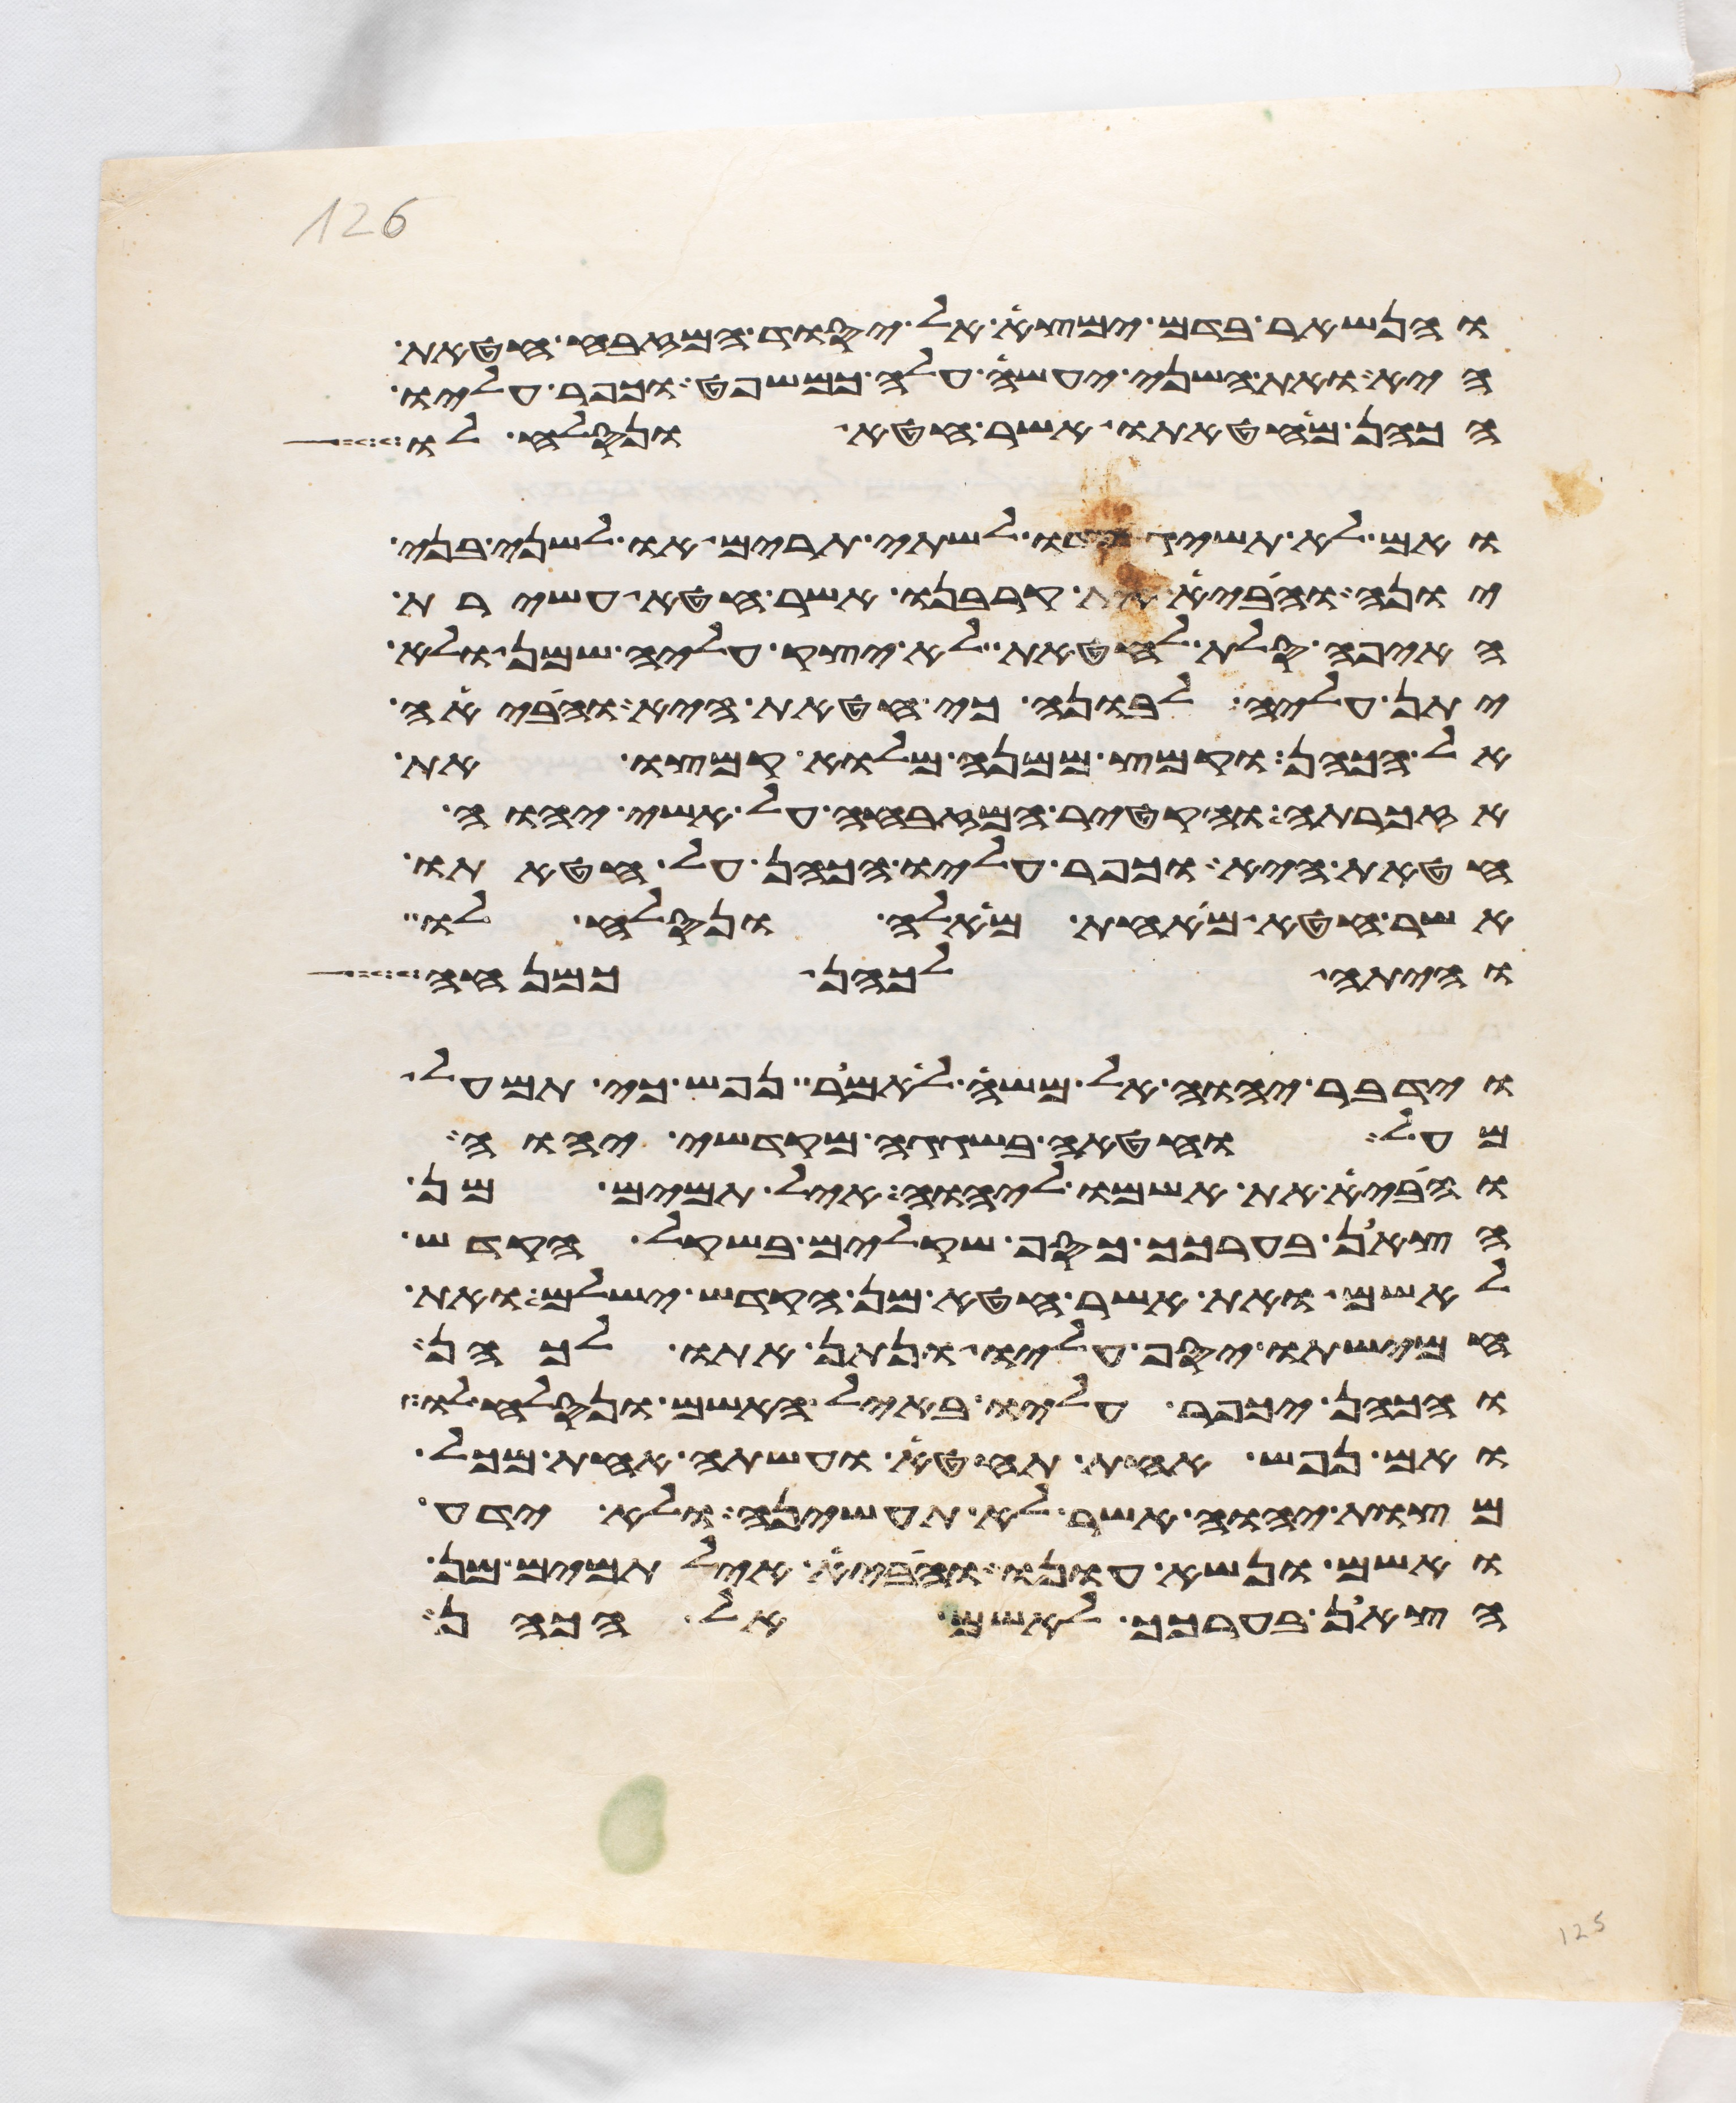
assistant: והנשאר בדם ימצא אל יסוד המזבח חטאת
היא ואת השני יעשה עלה כמשפט וכפר עליו
הכהן מחטאתו אשר חטא ונסלח לו
ואם לא תשיג ידו לשתי תרים או לשני בני
יונה והביא את קרבנו אשר חטא עשירת
האיפה סלת לחטאת לא יצק עליה שמן ולא
יתן עליה לבונה כי חטאת היא והביאה
אל הכהן וקמץ ממנה מלוא קמצו את
אזכרתה והקטיר המזבחה על אשי יהוה
חטאת היא וכפר עליו הכהן על חטאתו
אשר חטא מאחת מאלה ונסלח לו
והיתה לכהן כמנחה
וידבר יהוה אל משה לאמר נפש כי תמעל
מעל וחטאה בשגגה מקדשי יהוה
והביא את אשמו ליהוה איל תמים מן
הצאן בערכך כסף שקלים בשקל הקדש
לאשם ואת אשר חטא מן הקדש ישלם ואת
חמישתו יסף עליו ונתן אתו לכהן
והכהן יכפר עליו באיל האשם ונסלח לו
ואם נפש אחת תחטא ועשתה אחת מכל
מצות יהוה אשר לא תעשיהן ולא ידע
ואשם ונשא עונו והביא איל תמים מן
הצאן בערכך לאשם אל הכהן